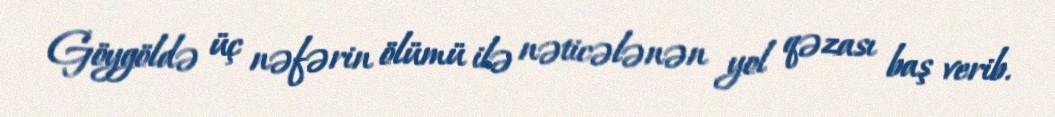
Göygöldə üç nəfərin ölümü ilə nəticələnən yol qəzası baş verib.